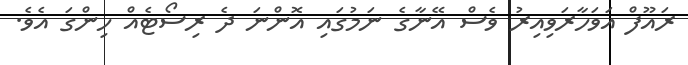
ރައޫފް އަވަހާރަވިއިރު ވެސް އޭނާގެ ނަމުގައި އޮންނަ ދެ ރިސޯޓެއް ހިންގަ އެވެ.